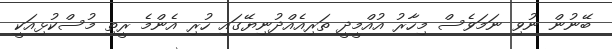
ބޭނުން ނުވި ނަމަވެސް މިހާރު އުއްމީދީ ތަރިއެއްދުނިޔޭގައި ހުރި އެންމެ ރީތި މުސްކުޅިއަކީ